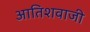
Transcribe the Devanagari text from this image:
आतिशवाजी